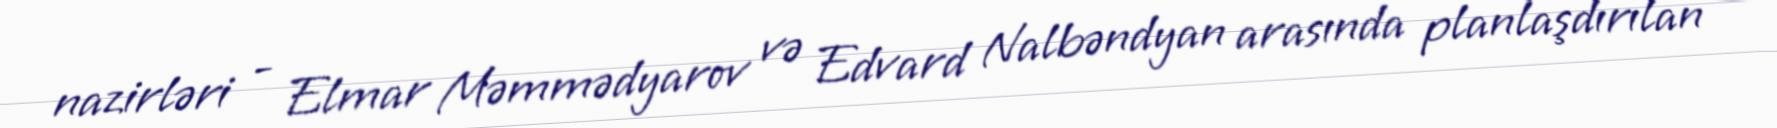
nazirləri - Elmar Məmmədyarov və Edvard Nalbəndyan arasında planlaşdırılan